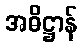
အဓိဋ္ဌာန်